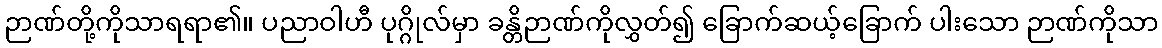
ဉာဏ်တို့ကိုသာရရာ၏။ ပညာဝါဟီ ပုဂ္ဂိုလ်မှာ ခန္တိဉာဏ်ကိုလွှတ်၍ ခြောက်ဆယ့်ခြောက် ပါးသော ဉာဏ်ကိုသာ